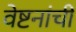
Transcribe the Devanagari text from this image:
वेष्टनांची